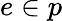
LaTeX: e\in p